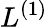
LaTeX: L^{(1)}